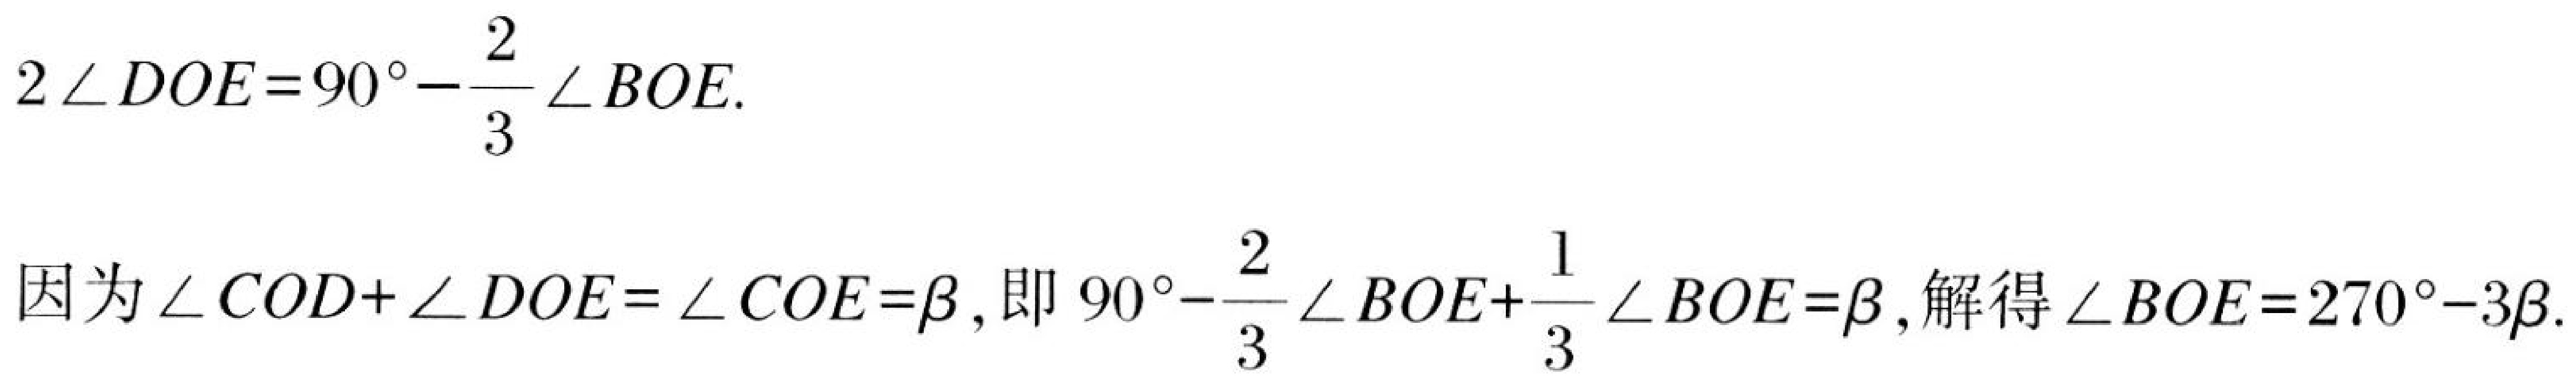
\[
\begin{align*}
2\angle DOE&=90^{\circ}-\frac{2}{3}\angle BOE.\\
\\
\text{因为}\angle COD + \angle DOE&=\angle COE=\beta,\text{ 即 }90^{\circ}-\frac{2}{3}\angle BOE+\frac{1}{3}\angle BOE&=\beta,\text{ 解得 }\angle BOE&=270^{\circ}-3\beta.
\end{align*}
\]